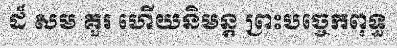
ដ៏ សម គួរ ហើយនិមន្ត ព្រះបច្ចេកពុទ្ធ